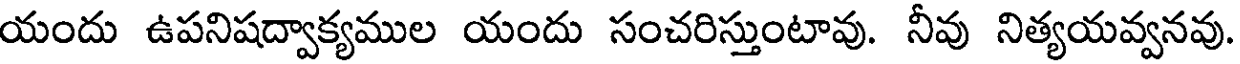
యందు ఉపనిషద్వాక్యముల యందు సంచరిస్తుంటావు. నీవు నిత్యయవ్వనవు